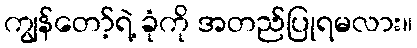
ကျွန်တော့်ရဲ့ ခုံကို အတည်ပြုရမလား။